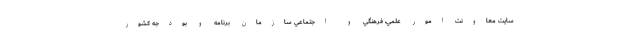
سايت معاونت امور علمي، فرهنگي و اجتماعي سازمان برنامه و بودجه كشور